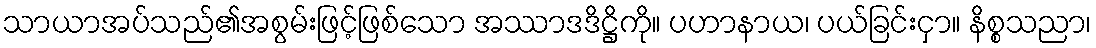
သာယာအပ်သည်၏အစွမ်းဖြင့်ဖြစ်သော အဿာဒဒိဋ္ဌိကို။ ပဟာနာယ၊ ပယ်ခြင်းငှာ။ နိစ္စသညာ၊